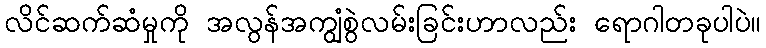
လိင်ဆက်ဆံမှုကို အလွန်အကျွံစွဲလမ်းခြင်းဟာလည်း ရောဂါတခုပါပဲ။